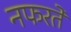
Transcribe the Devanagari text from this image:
नफरतें